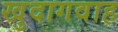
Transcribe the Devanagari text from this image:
खुदागवाह